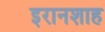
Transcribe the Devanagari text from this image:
इरानशाह